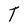
Character: T